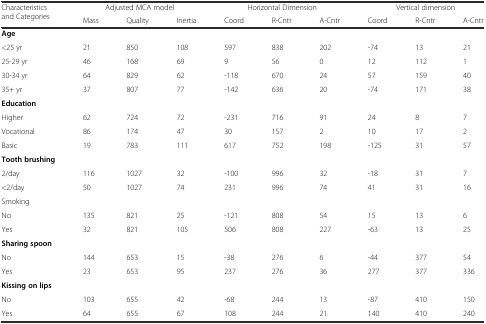
<table><thead><tr><td rowspan="2"><b>Characteristics and Categories</b></td><td colspan="3"><b>Adjusted MCA model</b></td><td colspan="3"><b>Horizontal Dimension</b></td><td colspan="3"><b>Vertical dimension</b></td></tr><tr><td><b>Mass</b></td><td><b>Quality</b></td><td><b>Inertia</b></td><td><b>Coord</b></td><td><b>R-Cntr</b></td><td><b>A-Cntr</b></td><td><b>Coord</b></td><td><b>R-Cntr</b></td><td><b>A-Cntr</b></td></tr></thead><tbody><tr><td><b>Age</b></td><td></td><td></td><td></td><td></td><td></td><td></td><td></td><td></td><td></td></tr><tr><td>&lt;25 yr</td><td>21</td><td>850</td><td>108</td><td>597</td><td>838</td><td>202</td><td>-74</td><td>13</td><td>21</td></tr><tr><td>25-29 yr</td><td>46</td><td>168</td><td>69</td><td>9</td><td>56</td><td>0</td><td>12</td><td>112</td><td>1</td></tr><tr><td>30-34 yr</td><td>64</td><td>829</td><td>62</td><td>-118</td><td>670</td><td>24</td><td>57</td><td>159</td><td>40</td></tr><tr><td>35+ yr</td><td>37</td><td>807</td><td>77</td><td>-142</td><td>636</td><td>20</td><td>-74</td><td>171</td><td>38</td></tr><tr><td><b>Education</b></td><td></td><td></td><td></td><td></td><td></td><td></td><td></td><td></td><td></td></tr><tr><td>Higher</td><td>62</td><td>724</td><td>72</td><td>-231</td><td>716</td><td>91</td><td>24</td><td>8</td><td>7</td></tr><tr><td>Vocational</td><td>86</td><td>174</td><td>47</td><td>30</td><td>157</td><td>2</td><td>10</td><td>17</td><td>2</td></tr><tr><td>Basic</td><td>19</td><td>783</td><td>111</td><td>617</td><td>752</td><td>198</td><td>-125</td><td>31</td><td>57</td></tr><tr><td><b>Tooth brushing</b></td><td></td><td></td><td></td><td></td><td></td><td></td><td></td><td></td><td></td></tr><tr><td>2/day</td><td>116</td><td>1027</td><td>32</td><td>-100</td><td>996</td><td>32</td><td>-18</td><td>31</td><td>7</td></tr><tr><td>&lt;2/day</td><td>50</td><td>1027</td><td>74</td><td>231</td><td>996</td><td>74</td><td>41</td><td>31</td><td>16</td></tr><tr><td>Smoking</td><td></td><td></td><td></td><td></td><td></td><td></td><td></td><td></td><td></td></tr><tr><td>No</td><td>135</td><td>821</td><td>25</td><td>-121</td><td>808</td><td>54</td><td>15</td><td>13</td><td>6</td></tr><tr><td>Yes</td><td>32</td><td>821</td><td>105</td><td>506</td><td>808</td><td>227</td><td>-63</td><td>13</td><td>25</td></tr><tr><td><b>Sharing spoon</b></td><td></td><td></td><td></td><td></td><td></td><td></td><td></td><td></td><td></td></tr><tr><td>No</td><td>144</td><td>653</td><td>15</td><td>-38</td><td>276</td><td>6</td><td>-44</td><td>377</td><td>54</td></tr><tr><td>Yes</td><td>23</td><td>653</td><td>95</td><td>237</td><td>276</td><td>36</td><td>277</td><td>377</td><td>336</td></tr><tr><td><b>Kissing on lips</b></td><td></td><td></td><td></td><td></td><td></td><td></td><td></td><td></td><td></td></tr><tr><td>No</td><td>103</td><td>655</td><td>42</td><td>-68</td><td>244</td><td>13</td><td>-87</td><td>410</td><td>150</td></tr><tr><td>Yes</td><td>64</td><td>655</td><td>67</td><td>108</td><td>244</td><td>21</td><td>140</td><td>410</td><td>240</td></tr></tbody></table>